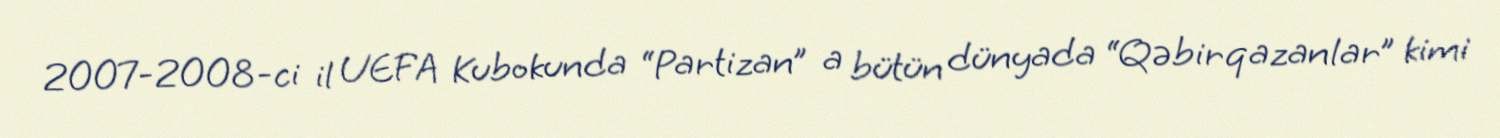
2007-2008-ci il UEFA Kubokunda “Partizan” a bütün dünyada “Qəbirqazanlar” kimi